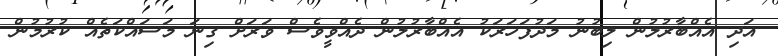
އަދި އެއްބާރުލުން ލިބުނު މަދުފަހަރަކު އެއްބާރުލުން ދެއްވީވެސް ވަރަށް ގިނަ މަސައްކަތެއް ކުރުމުން